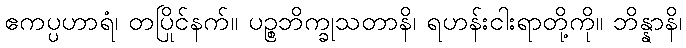
ဧကပ္ပဟာရံ၊ တပြိုင်နက်။ ပဉ္စဘိက္ခုသတာနိ၊ ရဟန်းငါးရာတို့ကို။ ဘိန္နာနိ၊